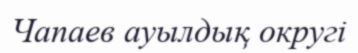
Чапаев ауылдық округі